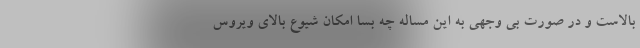
بالاست و در صورت بی وجهی به این مساله چه بسا امکان شیوع بالای ویروس